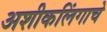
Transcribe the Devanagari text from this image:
अशीकलिंगाचे